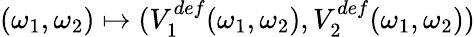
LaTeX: (\omega_{1},\omega_{2})\mapsto(V_{1}^{def}(\omega_{1},\omega_{2}),V_{2}^{def}(\omega_{1},\omega_{2}))